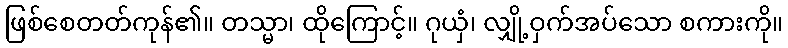
ဖြစ်စေတတ်ကုန်၏။ တသ္မာ၊ ထိုကြောင့်။ ဂုယှံ၊ လျှို့ဝှက်အပ်သော စကားကို။